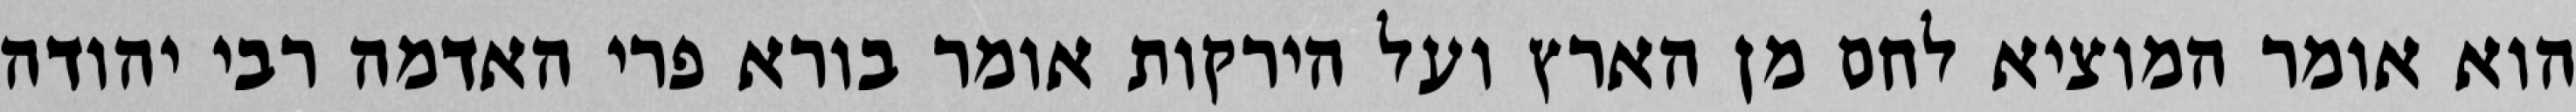
הוא אומר המוציא לחם מן הארץ ועל הירקות אומר בורא פרי האדמה רבי יהודה